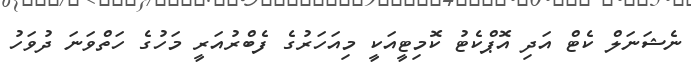
ނެޝަނަލް ކެޓް އަދި އޮޕްކެޓު ކޮމިޓީއަކީ މިއަަހަރުގެ ފެބްރުއަރީ މަހުގެ ހަތްވަނަ ދުވަހު